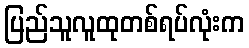
ပြည်သူလူထုတစ်ရပ်လုံးက